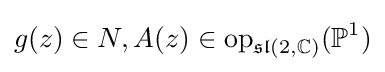
g(z)\in N,A(z)\in {\text{op}}_{{\mathfrak {sl}}(2,\mathbb {C} )}(\mathbb {P} ^{1})